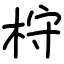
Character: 𣑋